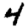
Digit: 4